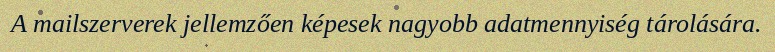
A mailszerverek jellemzően képesek nagyobb adatmennyiség tárolására.